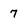
Character: 7